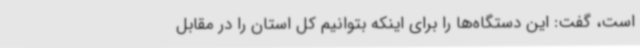
است، گفت: این دستگاه‌ها را برای اینکه بتوانیم کل استان را در مقابل